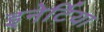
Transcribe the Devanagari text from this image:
इनेर्टिया